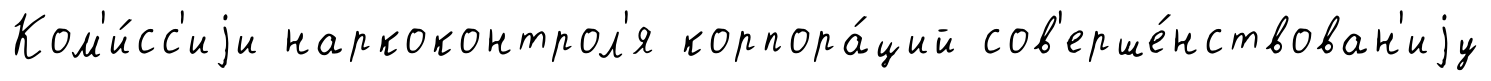
Ком'и́сс'иjи наркоконтрол'я корпора́ций сов'ерше́нствован'иjу